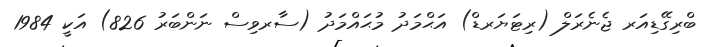
ބްރިގޭޑިއަރ ޖެނެރަލް (ރިޓަޔަރޑް) އަޙްމަދު މުޙައްމަދު (ސާރވިސް ނަންބަރު 826) އަކީ 1984